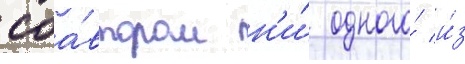
соа́втором н'и́ одного́ и́з